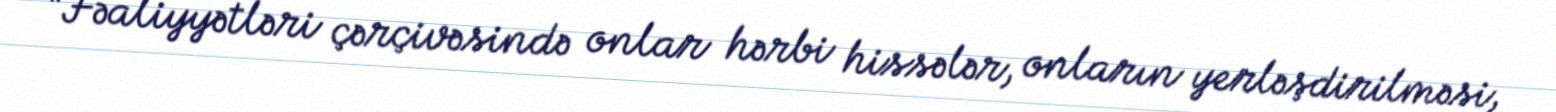
“Fəaliyyətləri çərçivəsində onlar hərbi hissələr, onların yerləşdirilməsi,